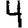
Digit: 4